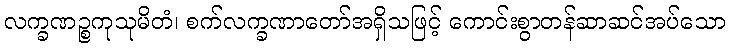
လက္ခဏဉ္စကုသုမိတံ၊ စက်လက္ခဏာတော်အရှိသဖြင့် ကောင်းစွာတန်ဆာဆင်အပ်သော